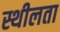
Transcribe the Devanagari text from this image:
स्थीलता